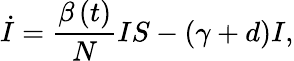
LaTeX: \dot{I}=\frac{\beta\left(t\right)}NIS-\left(\gamma+d\right)I,